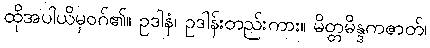
ထိုအပါယိမှဝဂ်၏။ ဥဒါနံ၊ ဥဒါန်းတည်းကား။ မိတ္တမိန္ဒကဇာတ်၊